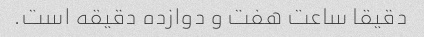
دقیقا ساعت هفت و دوازده دقیقه است.